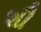
શૌ